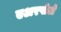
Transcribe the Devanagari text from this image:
एअरपोर्टों